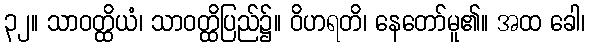
၃၂။ သာဝတ္ထိယံ၊ သာဝတ္ထိပြည်၌။ ဝိဟရတိ၊ နေတော်မူ၏။ အထ ခေါ၊